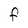
Character: f